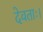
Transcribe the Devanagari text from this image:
देवताः।